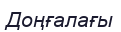
Доңғалағы